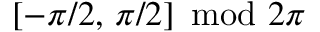
[ - \pi / 2 , \, \pi / 2 ] \! \! \! \mod 2 \pi